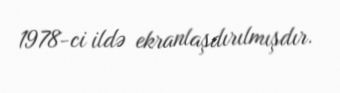
1978-ci ildə ekranlaşdırılmışdır.